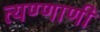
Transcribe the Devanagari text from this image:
त्यण्णाणी